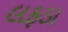
લફડા